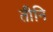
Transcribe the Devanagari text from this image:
तीनि